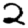
Digit: 2